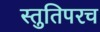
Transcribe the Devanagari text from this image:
स्तुतिपरच